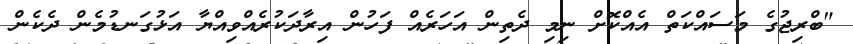
"ބްރިޖުގެ މަސައްކަތް އެއްކޮށް ނިމި ދެތިން އަހަރެއް ފަހުން އިރާދަކުރެއްވިއްޔާ އަޅުގަނޑުމެން ދެކެން